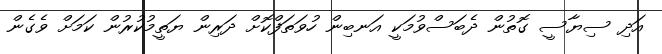
އަދި ސިޔާސީ ގޮތުން ދެބަސްވުމަކީ އަނބިން ހުވަތަފްކޮށް ދަރިން ޔަތީމުކުރުން ކަމަށް ވެގެން